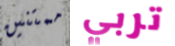
ممتنين تربي